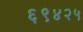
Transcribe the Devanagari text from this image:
६९४२५